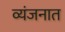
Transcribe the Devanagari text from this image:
व्यंजनात